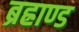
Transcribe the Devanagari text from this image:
ब्रह्राण्ड